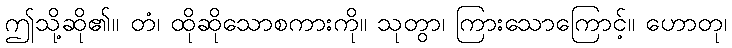
ဤသို့ဆို၏။ တံ၊ ထိုဆိုသောစကားကို။ သုတွာ၊ ကြားသောကြောင့်။ ဟောတု၊